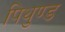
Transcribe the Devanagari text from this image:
पिथुण्ड